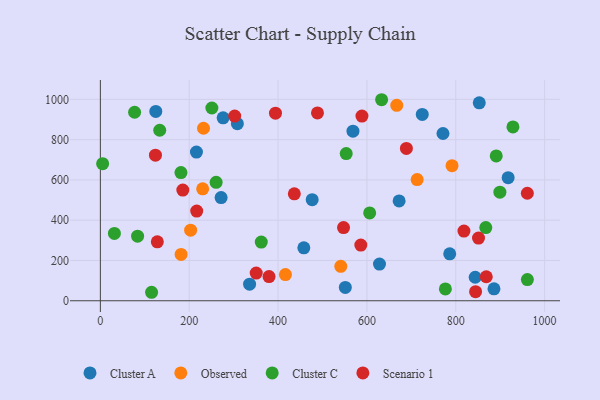
{"axis": {"x": "Engine Size", "y": "Rating"}, "legend": ["Cluster A", "Cluster C", "Observed", "Scenario 1"], "data": [{"x": "551.4", "y": 66.1, "type": "Cluster A"}, {"x": "308.4", "y": 879.2, "type": "Cluster A"}, {"x": "458.0", "y": 262.8, "type": "Cluster A"}, {"x": "568.6", "y": 841.9, "type": "Cluster A"}, {"x": "216.3", "y": 738.1, "type": "Cluster A"}, {"x": "476.8", "y": 501.8, "type": "Cluster A"}, {"x": "917.9", "y": 611.1, "type": "Cluster A"}, {"x": "843.7", "y": 116.8, "type": "Cluster A"}, {"x": "672.5", "y": 495.5, "type": "Cluster A"}, {"x": "124.8", "y": 940.3, "type": "Cluster A"}, {"x": "271.8", "y": 512.3, "type": "Cluster A"}, {"x": "852.9", "y": 983.0, "type": "Cluster A"}, {"x": "276.3", "y": 908.5, "type": "Cluster A"}, {"x": "771.2", "y": 830.4, "type": "Cluster A"}, {"x": "724.6", "y": 925.2, "type": "Cluster A"}, {"x": "335.9", "y": 82.1, "type": "Cluster A"}, {"x": "628.3", "y": 181.9, "type": "Cluster A"}, {"x": "886.0", "y": 59.1, "type": "Cluster A"}, {"x": "786.4", "y": 232.8, "type": "Cluster A"}, {"x": "416.6", "y": 130.1, "type": "Observed"}, {"x": "791.6", "y": 670.8, "type": "Observed"}, {"x": "203.2", "y": 350.5, "type": "Observed"}, {"x": "230.3", "y": 555.6, "type": "Observed"}, {"x": "541.2", "y": 171.2, "type": "Observed"}, {"x": "232.2", "y": 856.5, "type": "Observed"}, {"x": "667.2", "y": 970.2, "type": "Observed"}, {"x": "181.8", "y": 230.1, "type": "Observed"}, {"x": "713.1", "y": 601.5, "type": "Observed"}, {"x": "115.3", "y": 42.1, "type": "Cluster C"}, {"x": "251.0", "y": 957.1, "type": "Cluster C"}, {"x": "83.8", "y": 320.7, "type": "Cluster C"}, {"x": "928.7", "y": 863.2, "type": "Cluster C"}, {"x": "633.1", "y": 998.2, "type": "Cluster C"}, {"x": "776.6", "y": 58.6, "type": "Cluster C"}, {"x": "891.1", "y": 719.3, "type": "Cluster C"}, {"x": "133.6", "y": 846.6, "type": "Cluster C"}, {"x": "961.2", "y": 105.2, "type": "Cluster C"}, {"x": "181.4", "y": 636.6, "type": "Cluster C"}, {"x": "31.6", "y": 334.5, "type": "Cluster C"}, {"x": "77.1", "y": 935.9, "type": "Cluster C"}, {"x": "867.6", "y": 363.3, "type": "Cluster C"}, {"x": "362.2", "y": 291.6, "type": "Cluster C"}, {"x": "606.2", "y": 435.9, "type": "Cluster C"}, {"x": "553.4", "y": 731.0, "type": "Cluster C"}, {"x": "5.1", "y": 680.8, "type": "Cluster C"}, {"x": "260.6", "y": 588.2, "type": "Cluster C"}, {"x": "899.3", "y": 539.1, "type": "Cluster C"}, {"x": "436.6", "y": 530.9, "type": "Scenario 1"}, {"x": "488.7", "y": 932.7, "type": "Scenario 1"}, {"x": "818.4", "y": 345.9, "type": "Scenario 1"}, {"x": "394.2", "y": 931.6, "type": "Scenario 1"}, {"x": "124.0", "y": 722.7, "type": "Scenario 1"}, {"x": "868.7", "y": 119.2, "type": "Scenario 1"}, {"x": "851.2", "y": 311.4, "type": "Scenario 1"}, {"x": "128.2", "y": 292.5, "type": "Scenario 1"}, {"x": "961.1", "y": 533.8, "type": "Scenario 1"}, {"x": "185.6", "y": 549.8, "type": "Scenario 1"}, {"x": "216.9", "y": 445.5, "type": "Scenario 1"}, {"x": "588.8", "y": 916.9, "type": "Scenario 1"}, {"x": "547.4", "y": 363.4, "type": "Scenario 1"}, {"x": "350.8", "y": 137.4, "type": "Scenario 1"}, {"x": "844.6", "y": 44.9, "type": "Scenario 1"}, {"x": "302.4", "y": 916.9, "type": "Scenario 1"}, {"x": "586.3", "y": 276.3, "type": "Scenario 1"}, {"x": "688.9", "y": 756.2, "type": "Scenario 1"}, {"x": "379.7", "y": 119.9, "type": "Scenario 1"}]}